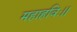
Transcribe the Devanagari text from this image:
महाहविः।।